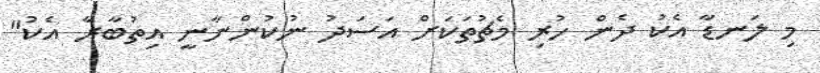
މި ލަނޑާ އެކު ދެން ހުރި މެޗުތަަކަށް އަސަދު ނުކުންނާނީ އިތުބާރާ އެކު"